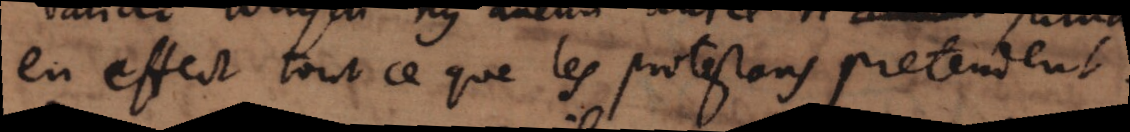
en effect tout ce que les protestans pretendent .